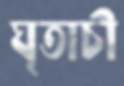
ঘৃতাচী